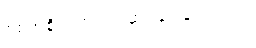
စစ်အစိုးရက ပြင်ဆင်ခဲ့ပြန်ပါတယ်။